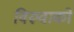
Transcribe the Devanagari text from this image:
विरुवाको